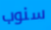
سنوب